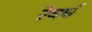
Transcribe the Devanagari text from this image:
रेवर्ब